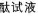
酞试液